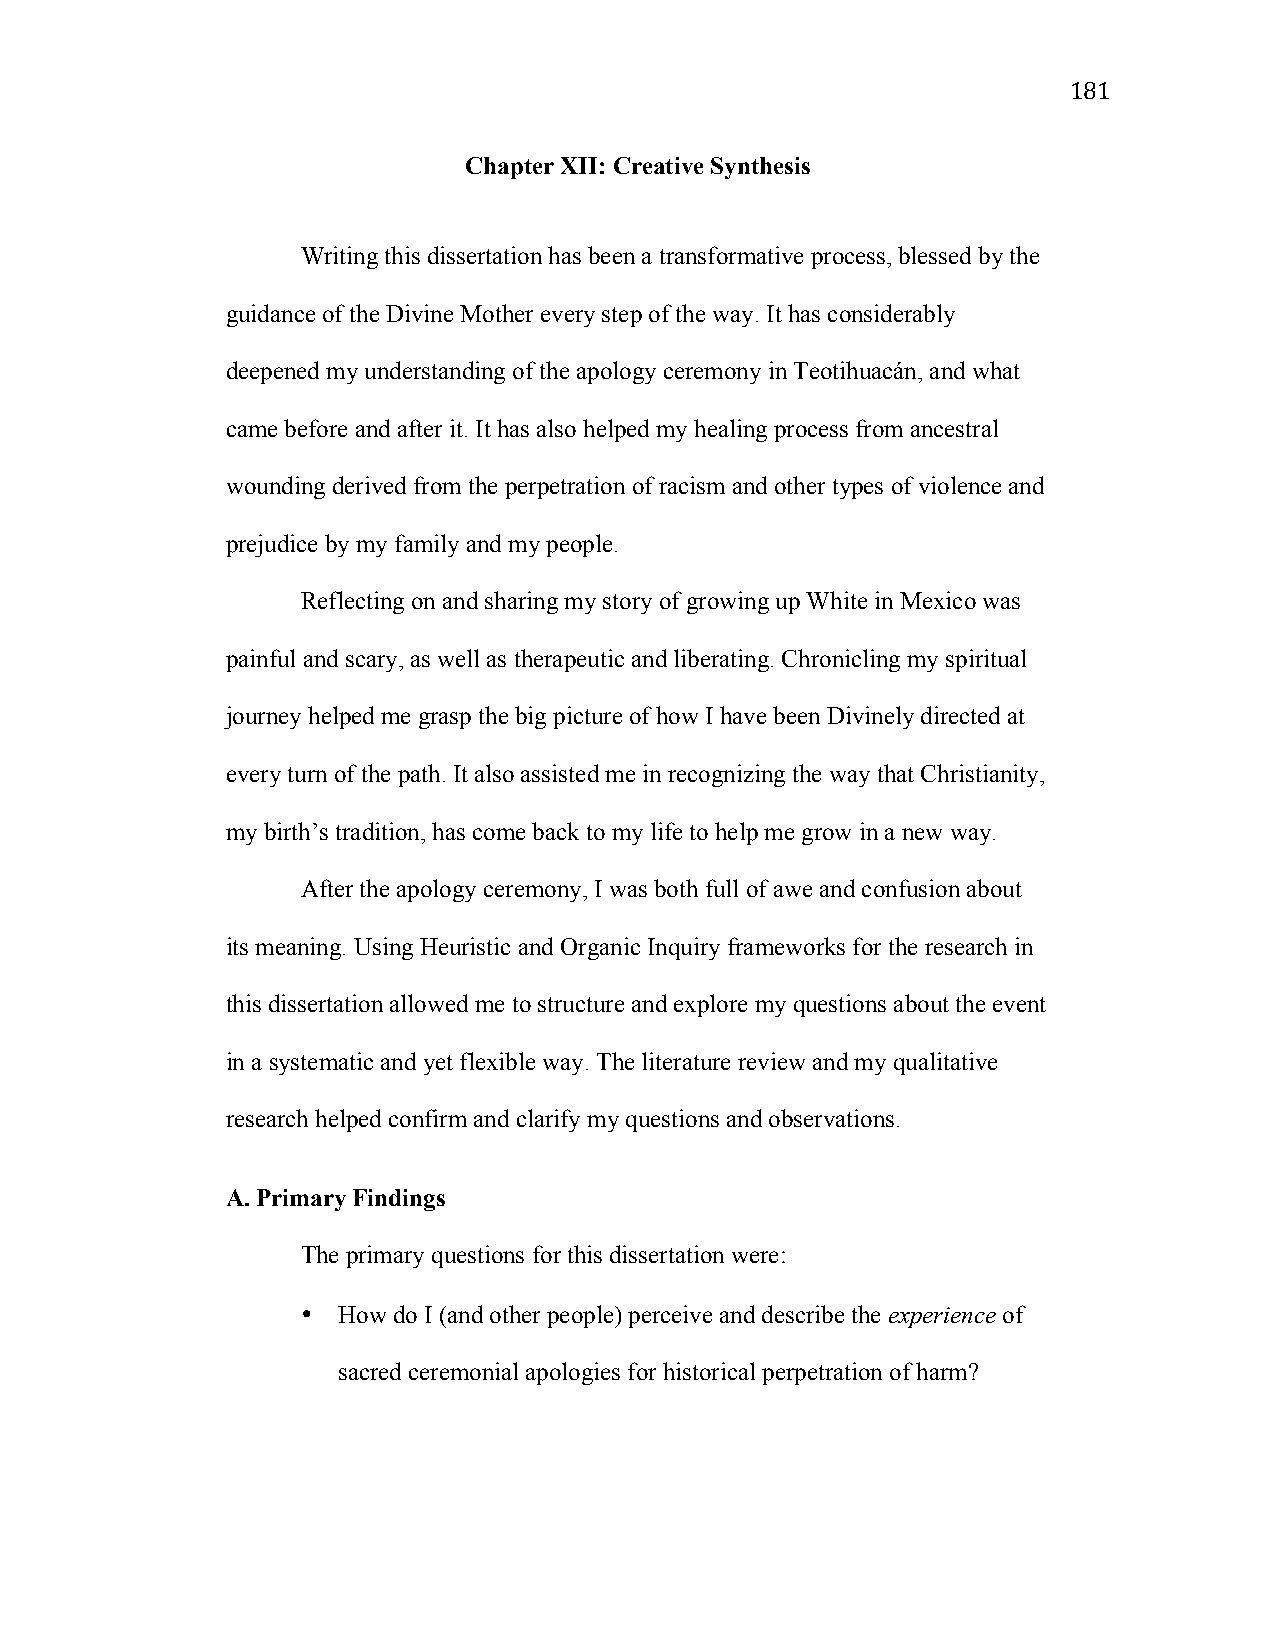
181
 Chapter XII: Creative Synthesis
 Writing this dissertation has been a transformative process, blessed by the
 guidance of the Divine Mother every step of the way. It has considerably
 deepened my understanding of the apology ceremony in Teotihuacán, and what
 came before and after it. It has also helped my healing process from ancestral
 wounding derived from the perpetration of racism and other types of violence and
 prejudice by my family and my people.
 Reflecting on and sharing my story of growing up White in Mexico was
 painful and scary, as well as therapeutic and liberating. Chronicling my spiritual
 journey helped me grasp the big picture of how I have been Divinely directed at
 every turn of the path. It also assisted me in recognizing the way that Christianity,
 my birth’s tradition, has come back to my life to help me grow in a new way.
 After the apology ceremony, I was both full of awe and confusion about
 its meaning. Using Heuristic and Organic Inquiry frameworks for the research in
 this dissertation allowed me to structure and explore my questions about the event
 in a systematic and yet flexible way. The literature review and my qualitative
 research helped confirm and clarify my questions and observations.
 A. Primary Findings
 The primary questions for this dissertation were:
 • How do I (and other people) perceive and describe the experience of
 sacred ceremonial apologies for historical perpetration of harm?